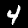
Digit: 4